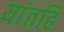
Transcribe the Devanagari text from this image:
यांतहि